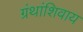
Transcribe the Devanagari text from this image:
ग्रंथांशिवाय